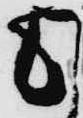
も